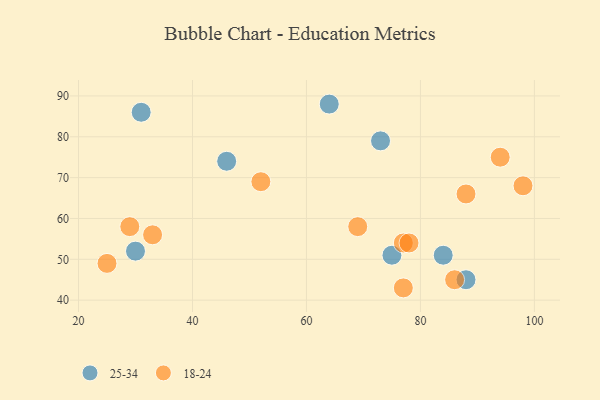
{"axis": {"x": "GDP", "y": "Life Expectancy"}, "legend": ["18-24", "25-34"], "data": [{"x": "73", "y": 79, "type": "25-34"}, {"x": "64", "y": 88, "type": "25-34"}, {"x": "84", "y": 51, "type": "25-34"}, {"x": "31", "y": 86, "type": "25-34"}, {"x": "46", "y": 74, "type": "25-34"}, {"x": "30", "y": 52, "type": "25-34"}, {"x": "75", "y": 51, "type": "25-34"}, {"x": "88", "y": 45, "type": "25-34"}, {"x": "77", "y": 54, "type": "18-24"}, {"x": "78", "y": 54, "type": "18-24"}, {"x": "29", "y": 58, "type": "18-24"}, {"x": "98", "y": 68, "type": "18-24"}, {"x": "33", "y": 56, "type": "18-24"}, {"x": "25", "y": 49, "type": "18-24"}, {"x": "69", "y": 58, "type": "18-24"}, {"x": "88", "y": 66, "type": "18-24"}, {"x": "86", "y": 45, "type": "18-24"}, {"x": "77", "y": 43, "type": "18-24"}, {"x": "94", "y": 75, "type": "18-24"}, {"x": "52", "y": 69, "type": "18-24"}]}